Indian journal of veterinary science and animal husbandry - Volume 9,
Year: 1939
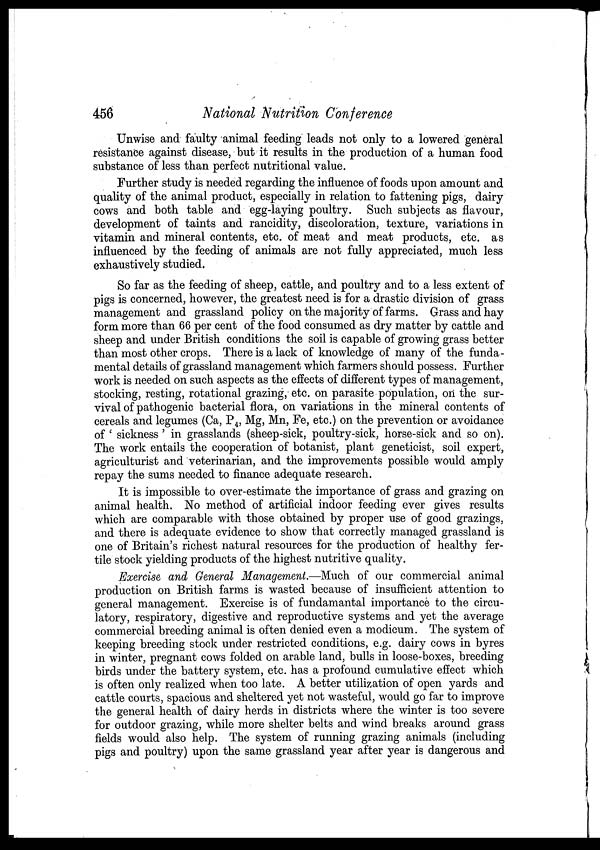
456
National Nutrition Conference
Unwise and faulty animal feeding leads not only to a lowered general
resistance against disease, but it results in the production of a human food
substance of less than perfect nutritional value.
Further study is needed regarding the influence of foods upon amount and
quality of the animal product, especially in relation to fattening pigs, dairy
cows and both table and egg-laying poultry. Such subjects as flavour,
development of taints and rancidity, discoloration, texture, variations in
vitamin and mineral contents, etc. of meat and meat products, etc. as
influenced by the feeding of animals are not fully appreciated, much less
exhaustively studied.
So far as the feeding of sheep, cattle, and poultry and to a less extent of
pigs is concerned, however, the greatest need is for a drastic division of grass
management and grassland policy on the majority of farms. Grass and hay
form more than 66 per cent of the food consumed as dry matter by cattle and
sheep and under British conditions the soil is capable of growing grass better
than most other crops. There is a lack of knowledge of many of the funda-
mental details of grassland management which farmers should possess. Further
work is needed on such aspects as the effects of different types of management,
stocking, resting, rotational grazing, etc. on parasite population, on the sur-
vival of pathogenic bacterial flora, on variations in the mineral contents of
cereals and legumes (Ca, P 4 , Mg, Mn, Fe, etc.) on the prevention or avoidance
of ' sickness ' in grasslands (sheep-sick, poultry-sick, horse-sick and so on).
The work entails the cooperation of botanist, plant geneticist, soil expert,
agriculturist and veterinarian, and the improvements possible would amply
repay the sums needed to finance adequate research.
It is impossible to over-estimate the importance of grass and grazing on
animal health. No method of artificial indoor feeding ever gives results
which are comparable with those obtained by proper use of good grazings,
and there is adequate evidence to show that correctly managed grassland is
one of Britain's richest natural resources for the production of healthy fer-
tile stock yielding products of the highest nutritive quality.
Exercise and General Management.—Much of our commercial animal
production on British farms is wasted because of insufficient attention to
general management. Exercise is of fundamantal importance to the circu-
latory, respiratory, digestive and reproductive systems and yet the average
commercial breeding animal is often denied even a modicum. The system of
keeping breeding stock under restricted conditions, e.g. dairy cows in byres
in winter, pregnant cows folded on arable land, bulls in loose-boxes, breeding
birds under the battery system, etc. has a profound cumulative effect which
is often only realized when too late. A better utilization of open yards and
cattle courts, spacious and sheltered yet not wasteful, would go far to improve
the general health of dairy herds in districts where the winter is too severe
for outdoor grazing, while more shelter belts and wind breaks around grass
fields would also help. The system of running grazing animals (including
pigs and poultry) upon the same grassland year after year is dangerous and